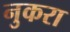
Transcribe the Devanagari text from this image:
नुकरा